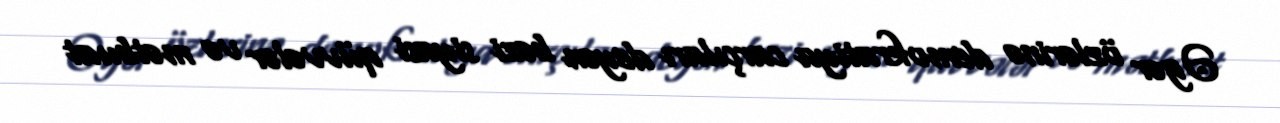
Əgər özlərinə demokratiya carçıları deyən bəzi siyasi qüvvələr və mətbuat